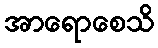
အာရောစေသိ